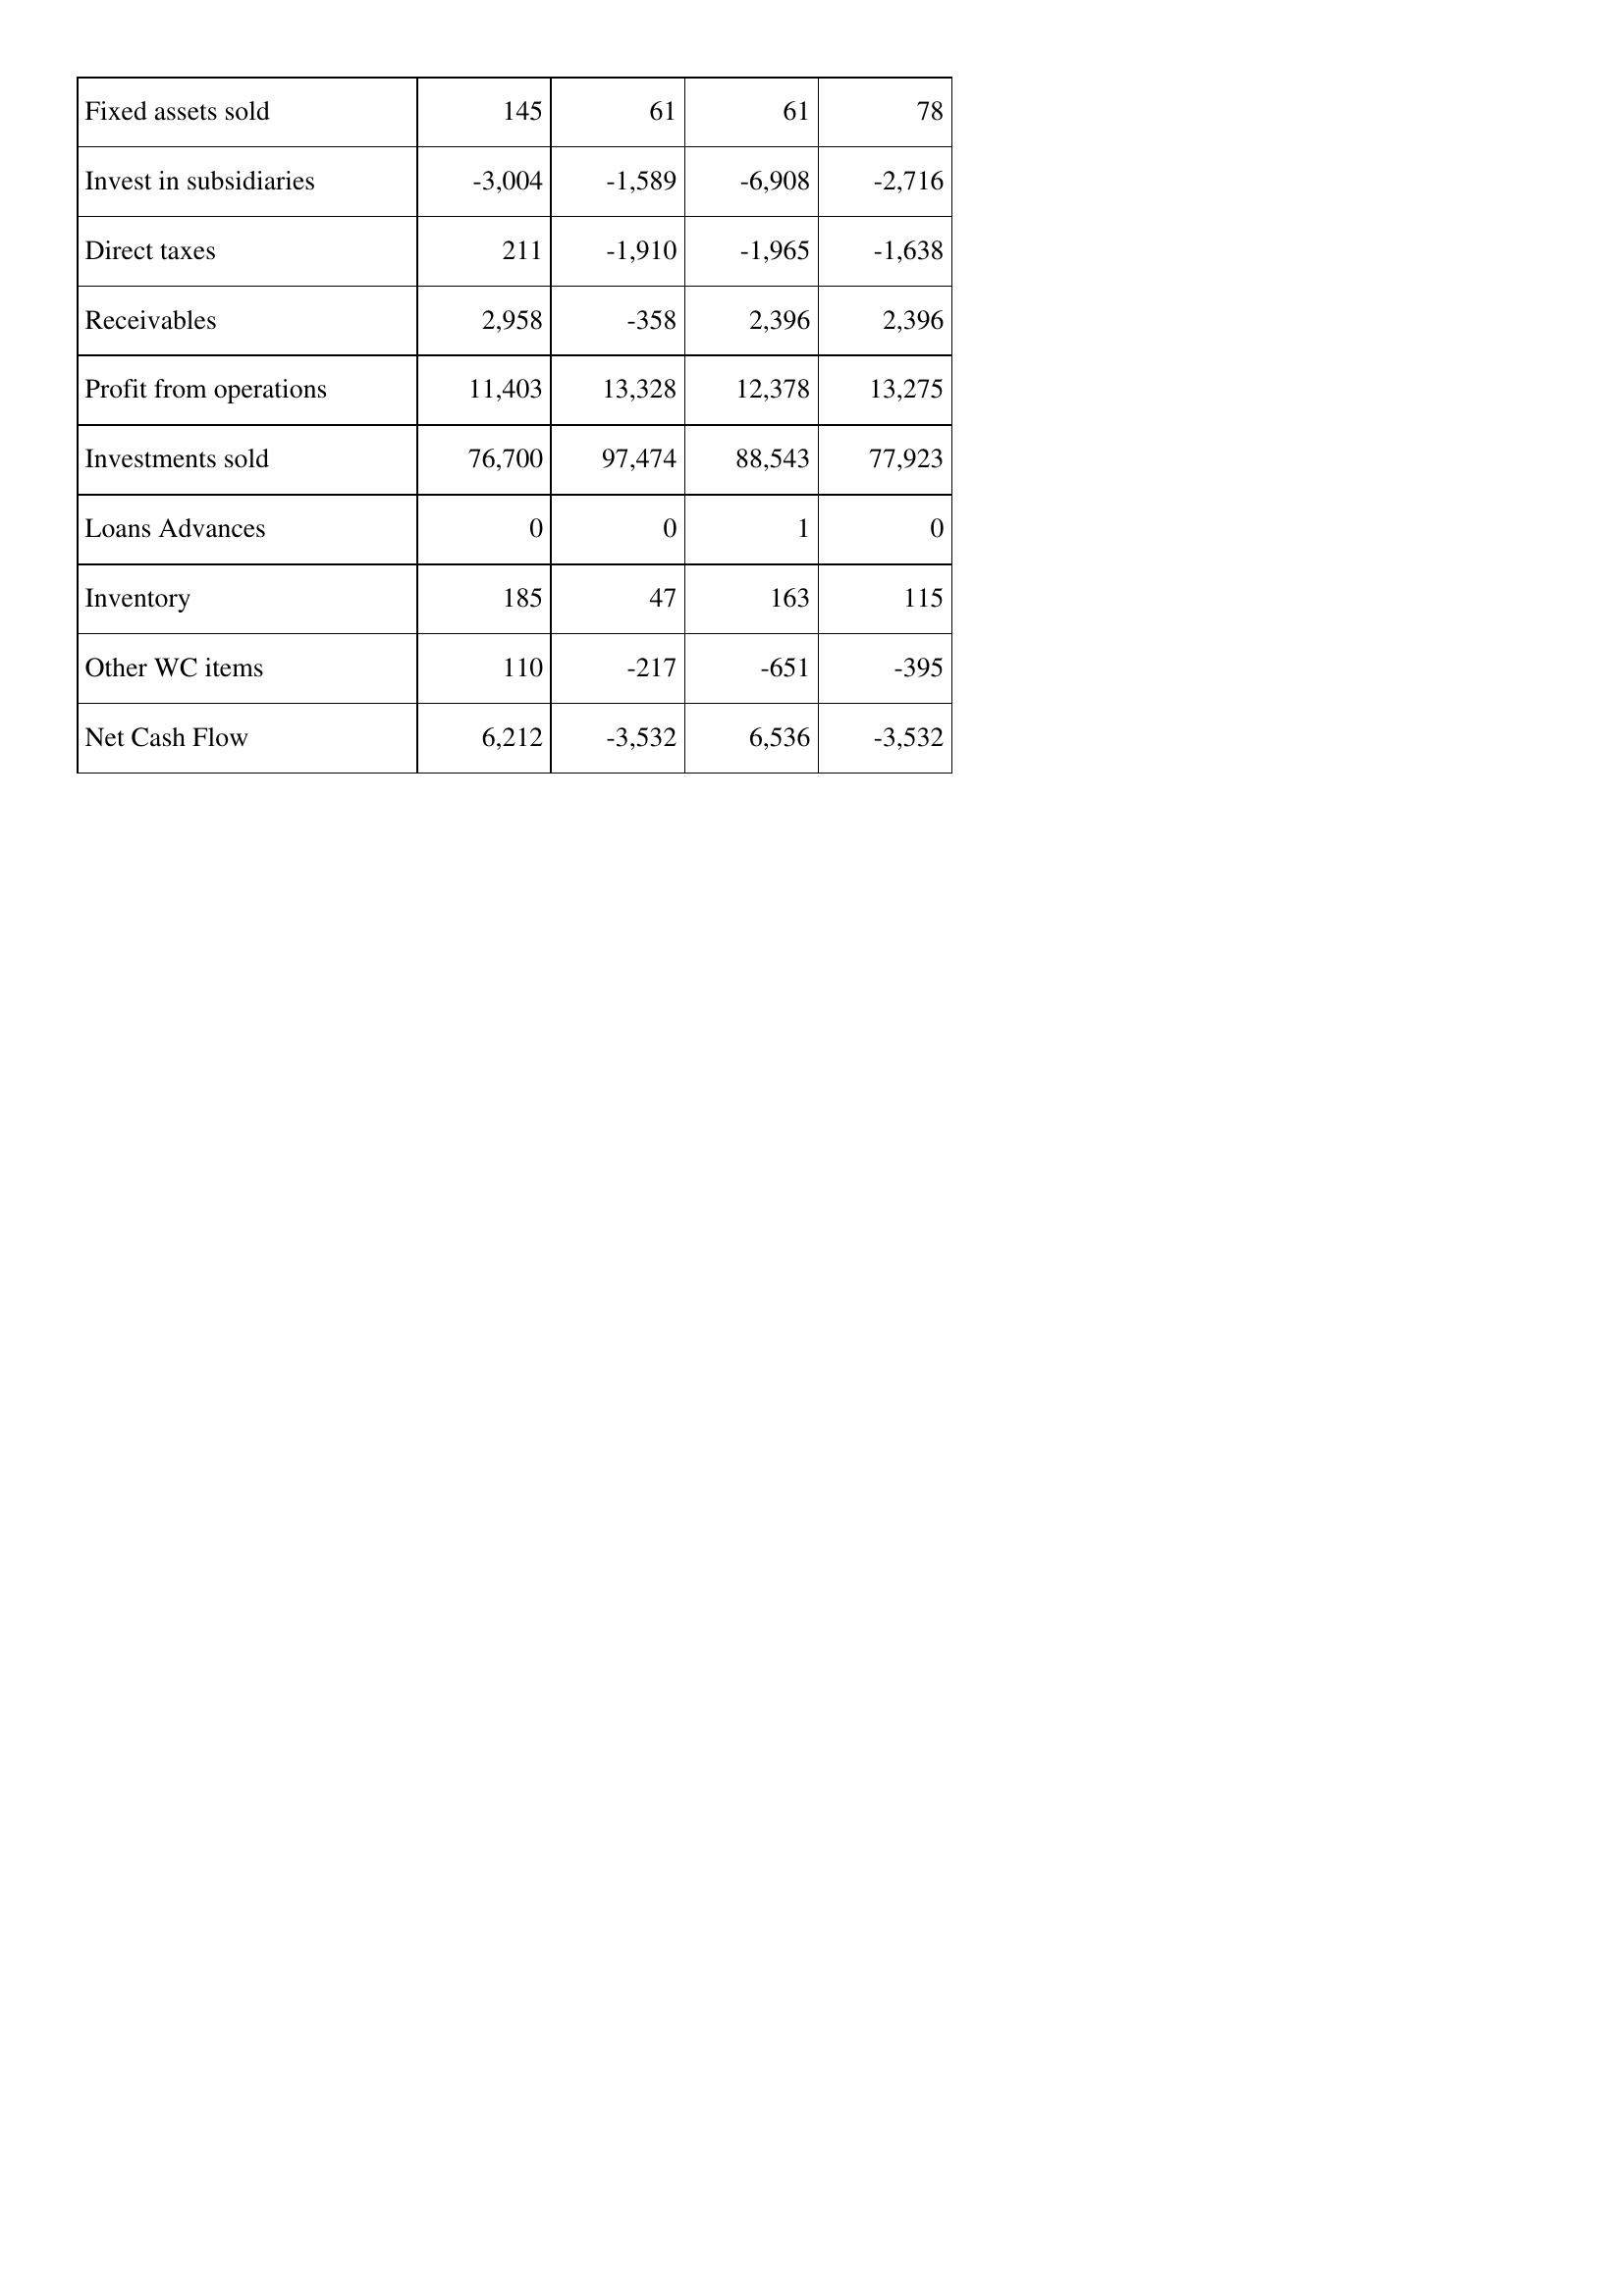
Mar-09: Cash Flows: Fixed assets sold: 145
Invest in subsidiaries: -3,004
Direct taxes: 211
Receivables: 2,958
Profit from operations: 11,403
Investments sold: 76,700
Loans Advances: 0
Inventory: 185
Other WC items: 110
Net Cash Flow: 6,212
Mar-08: Cash Flows: Fixed assets sold: 61
Invest in subsidiaries: -1,589
Direct taxes: -1,910
Receivables: -358
Profit from operations: 13,328
Investments sold: 97,474
Loans Advances: 0
Inventory: 47
Other WC items: -217
Net Cash Flow: -3,532
Mar-07: Cash Flows: Fixed assets sold: 61
Invest in subsidiaries: -6,908
Direct taxes: -1,965
Receivables: 2,396
Profit from operations: 12,378
Investments sold: 88,543
Loans Advances: 1
Inventory: 163
Other WC items: -651
Net Cash Flow: 6,536
Mar-06: Cash Flows: Fixed assets sold: 78
Invest in subsidiaries: -2,716
Direct taxes: -1,638
Receivables: 2,396
Profit from operations: 13,275
Investments sold: 77,923
Loans Advances: 0
Inventory: 115
Other WC items: -395
Net Cash Flow: -3,532